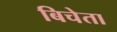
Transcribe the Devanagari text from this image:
बिचेता